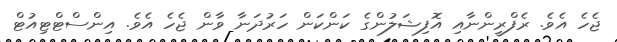
ޖެހެ އެވެ. ރެފްރީންނާއި އޮފިޝަލުންގެ ކަންކަން ހަރުދަނާ ވާން ޖެހެ އެވެ. އިންސްޓްޓިއުޓް